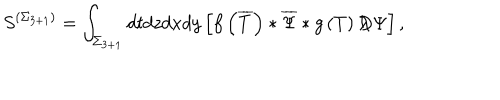
S ^ { \left( \Sigma _ { 3 + 1 } \right) } = \int _ { \Sigma _ { 3 + 1 } } d t d z d x d y \left[ f \left( \overline { { { T } } } \right) * \overline { { { \Psi } } } * g \left( T \right) D \! \! \! \! / \, \Psi \right] ,